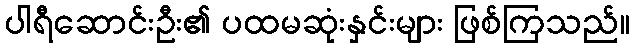
ပါရီဆောင်းဦး၏ ပထမဆုံးနှင်းများ ဖြစ်ကြသည်။